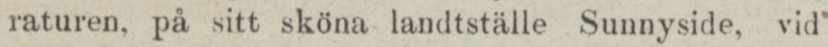
raturen, på sitt sköna landtställe Sunnyside, vid